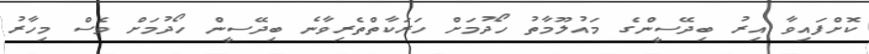
ކޮށްފައިވާ އިރު ބިދޭސީންގެ މައުލޫމާތު ހޯދުމަށް ހަރަކާތްތެރިވާނެ ބިދޭސީން ހޯދުމަށް ވެސް މިހާރު